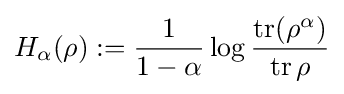
H_{\alpha }(\rho ):={\frac {1}{1-\alpha }}\log {\frac {\operatorname {tr} (\rho ^{\alpha })}{\operatorname {tr} \rho }}